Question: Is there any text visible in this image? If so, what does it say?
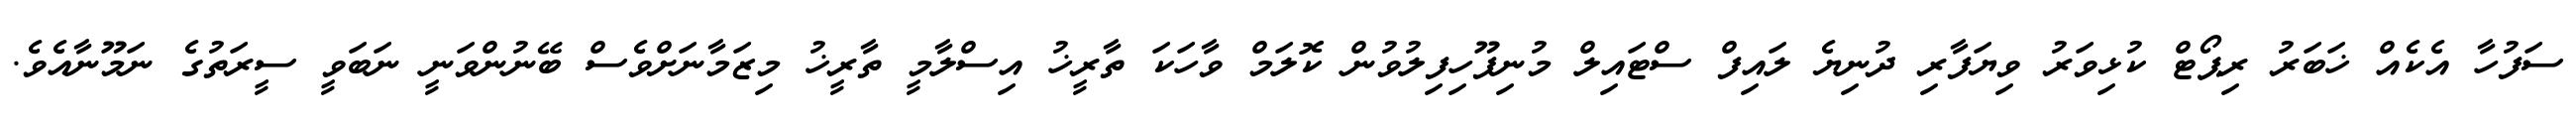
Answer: ސަފުހާ އެކެއް ޚަބަރު ރިޕޯޓް ކުޅިވަރު ވިޔަފާރި ދުނިޔެ ލައިފް ސްޓައިލް މުނިފޫހިފިލުވުން ކޮލަމް ވާހަކަ ތާރީޚު އިސްލާމީ ތާރީޚު މިޒަމާނަށްވެސް ބޭނުންވަނީ ނަބަވީ ސީރަތުގެ ނަމޫނާއެވެ.